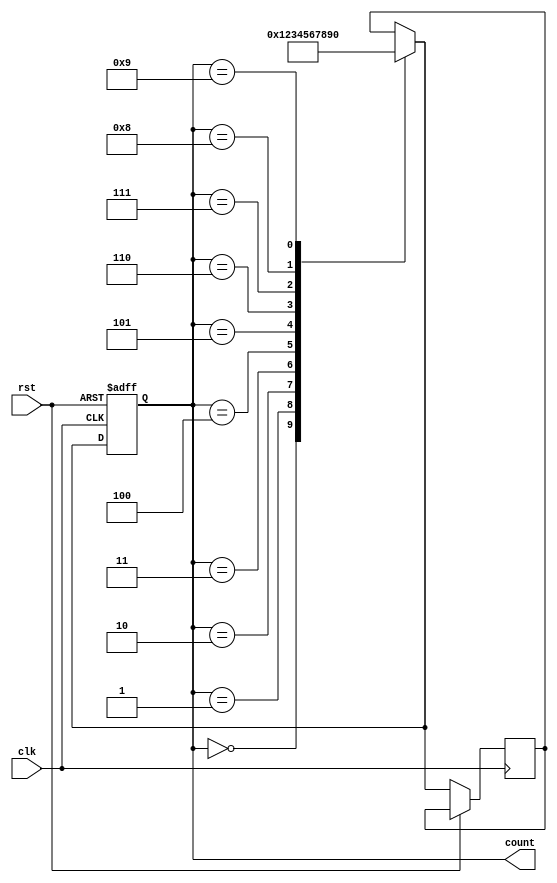
module bcd_counter (
    input wire clk,
    input wire rst,
    output reg [3:0] count
);

reg [3:0] next_count;

always @(posedge clk or posedge rst) begin
    if (rst) begin
        count <= 4'b0000;
    end else begin
        case(count)
            4'b0000: next_count = 4'b0001;
            4'b0001: next_count = 4'b0010;
            4'b0010: next_count = 4'b0011;
            4'b0011: next_count = 4'b0100;
            4'b0100: next_count = 4'b0101;
            4'b0101: next_count = 4'b0110;
            4'b0110: next_count = 4'b0111;
            4'b0111: next_count = 4'b1000;
            4'b1000: next_count = 4'b1001;
            4'b1001: next_count = 4'b0000;
        endcase
        count <= next_count;
    end
end

endmodule